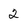
Character: 2